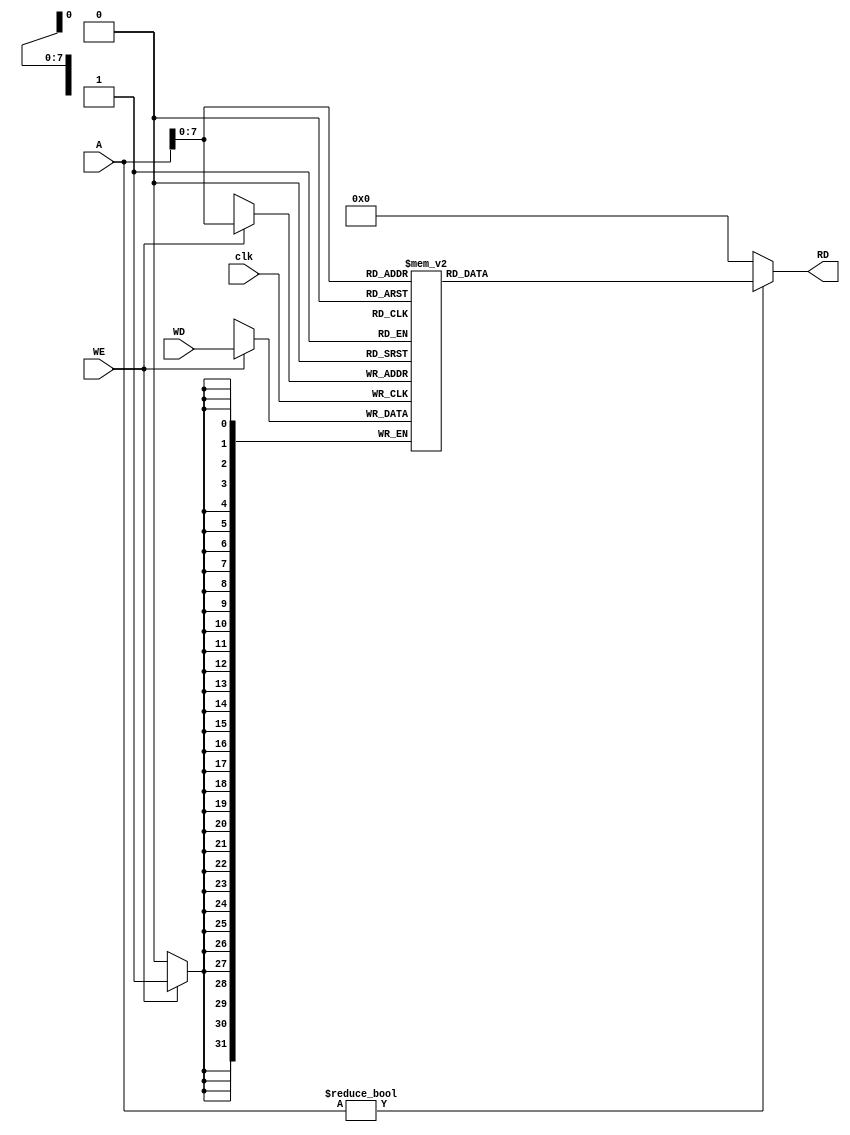
module dmem(
    output  [31:0] RD,
    input   [31:0] A, WD,
    input   WE, clk
    );

    reg [31:0] RAM [0:255];

    assign RD = (A != 0) ? RAM[A[7:0]] : 0;

    always @ (posedge clk)
        if (WE)
            RAM[A[7:0]] <= WD;
            // when a 32 bit number is sent to the address field, this is the calculated
            // address from the ALU. Meaning that the instruction is for "lw" or "sw".
            // Another indicator for this is when the signal "MemWrite" is 1.
            // All other times, "MemWrite" is 0, and the ALUResult that is sent to A
            // is ignored.

endmodule